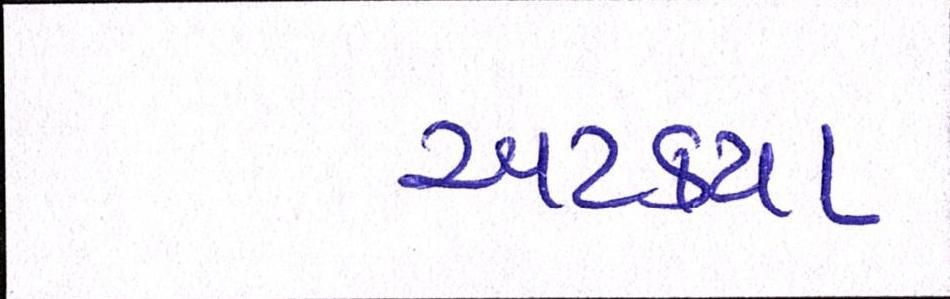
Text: અટક્યા